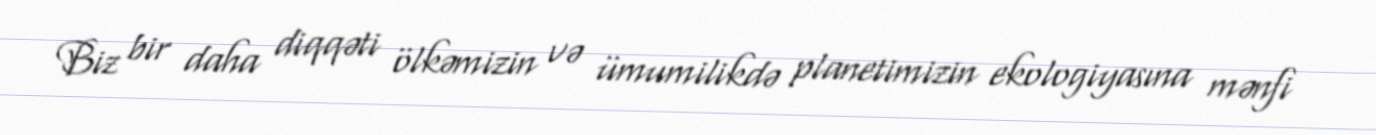
Biz bir daha diqqəti ölkəmizin və ümumilikdə planetimizin ekologiyasına mənfi